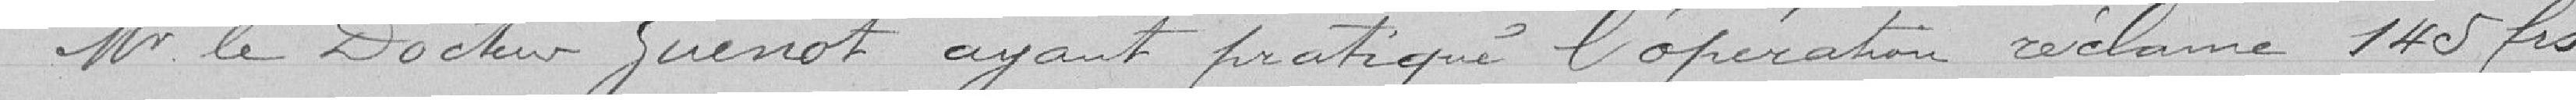
Monsieur le docteur Guenot ayant pratiqué l'opération réclame 145 francs